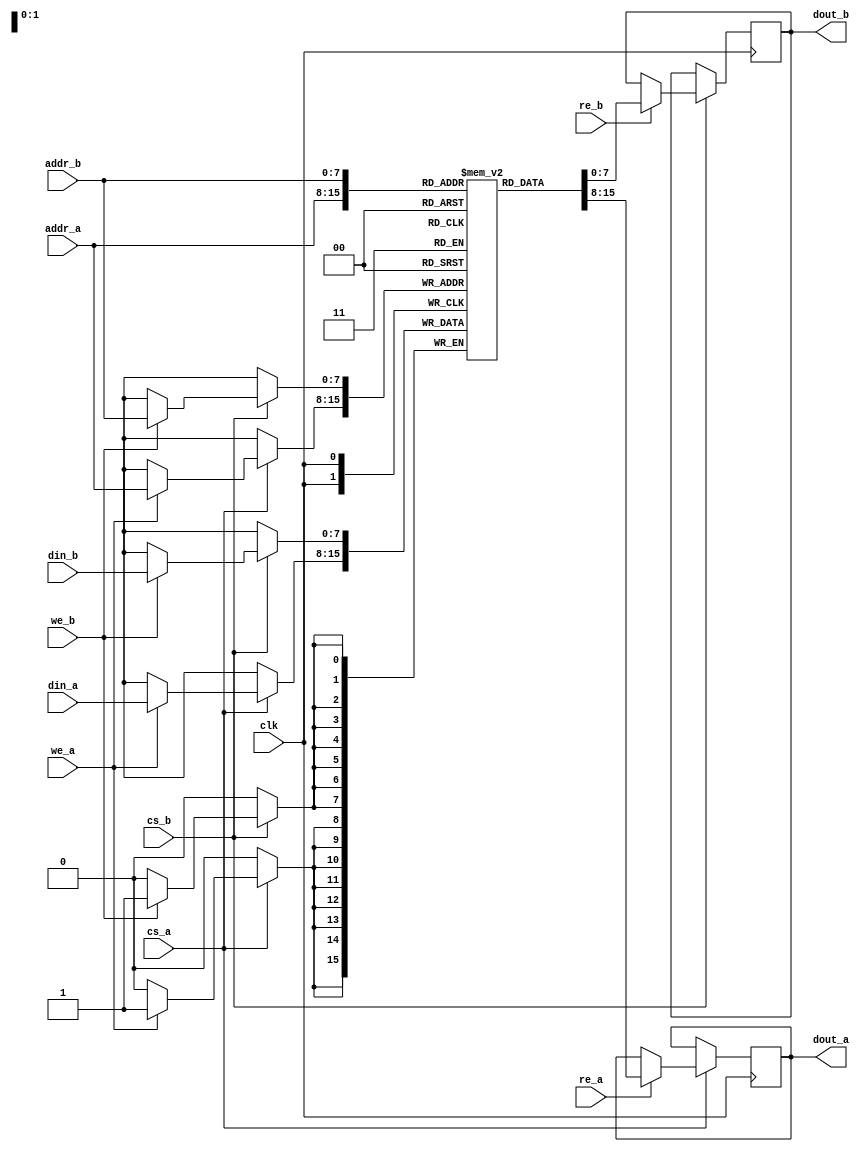
module dual_port_ram #(
    parameter DATA_WIDTH = 8,    // Width of data in bits
    parameter ADDR_DEPTH = 256    // Number of memory addresses
) (
    input wire clk,               // Clock signal
    input wire cs_a,              // Chip Select for Port A
    input wire we_a,              // Write Enable for Port A
    input wire re_a,              // Read Enable for Port A
    input wire [ADDR_WIDTH-1:0] addr_a, // Address for Port A
    input wire [DATA_WIDTH-1:0] din_a,  // Data Input for Port A
    output reg [DATA_WIDTH-1:0] dout_a, // Data Output for Port A

    input wire cs_b,              // Chip Select for Port B
    input wire we_b,              // Write Enable for Port B
    input wire re_b,              // Read Enable for Port B
    input wire [ADDR_WIDTH-1:0] addr_b, // Address for Port B
    input wire [DATA_WIDTH-1:0] din_b,  // Data Input for Port B
    output reg [DATA_WIDTH-1:0] dout_b  // Data Output for Port B
);

    // Calculate address width based on depth
    localparam ADDR_WIDTH = $clog2(ADDR_DEPTH);

    // Memory array
    reg [DATA_WIDTH-1:0] mem [0:ADDR_DEPTH-1];

    // Port A operations
    always @(posedge clk) begin
        if (cs_a) begin
            if (we_a) begin
                mem[addr_a] <= din_a; // Write data to memory
            end
            if (re_a) begin
                dout_a <= mem[addr_a]; // Read data from memory
            end
        end
    end

    // Port B operations
    always @(posedge clk) begin
        if (cs_b) begin
            if (we_b) begin
                mem[addr_b] <= din_b; // Write data to memory
            end
            if (re_b) begin
                dout_b <= mem[addr_b]; // Read data from memory
            end
        end
    end

endmodule